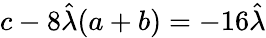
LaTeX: c-8\hat{\lambda}(a+b)=-16\hat{\lambda}